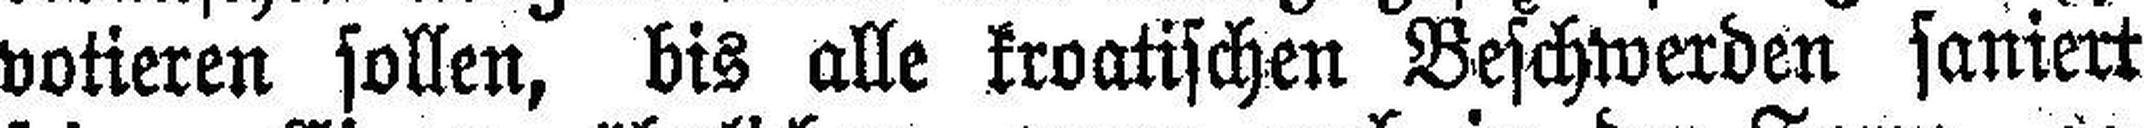
votieren sollen, bis alle kroatischen Beschwerden saniert